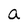
Character: a